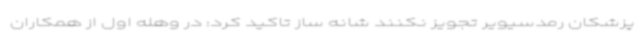
پزشکان رمدسیویر تجویز نکنند شانه ساز تاکید کرد: در وهله اول از همکاران